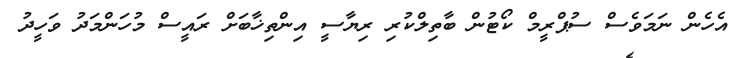
އެހެން ނަމަވެސް ސުޕްރީމް ކޯޓުން ބާތިލްކުރި ރިޔާސީ އިންތިޚާބަށް ރައީސް މުހަންމަދު ވަހީދު